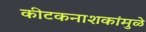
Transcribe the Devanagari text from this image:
कीटकनाशकांमुळे